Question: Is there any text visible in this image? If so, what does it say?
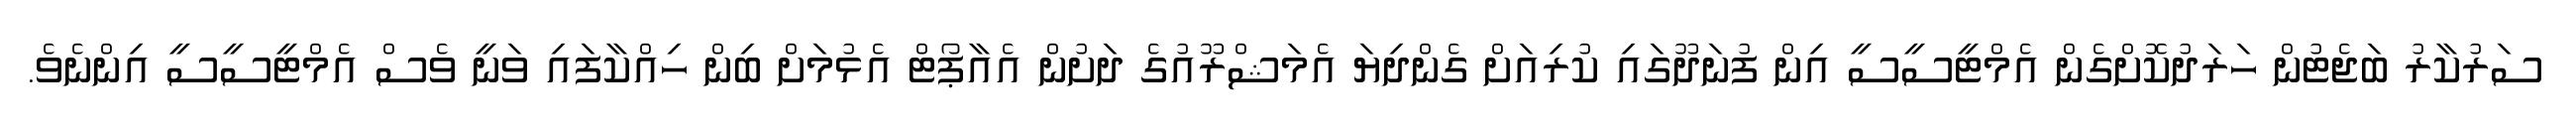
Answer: ސަރުކާރު ބަޖެޓުން ހަރަދުކޮށްގެން އެމްޓީސީސީ އިން ފުނަދޫގައި ކުރިއަށް ގެންދިޔަ އެމަޝްރޫއުގެ ދަށުން އެއާޕޯޓް އެޅުމަށް ބިން ހިއްކާފައި ވަނީ ވެސް އެމްޓީސީސީ އިންނެވެ.